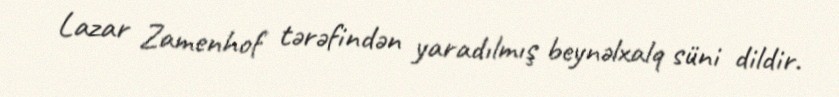
Lazar Zamenhof tərəfindən yaradılmış beynəlxalq süni dildir.